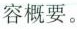
容概要。